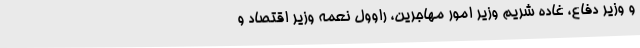
و وزیر دفاع، غاده شریم وزیر امور مهاجرین، راوول نعمه وزیر اقتصاد و